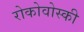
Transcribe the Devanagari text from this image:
रोकोवोस्की